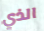
الذي